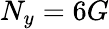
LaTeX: N_{y}=6G